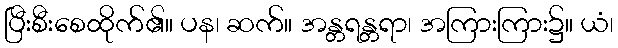
ပြီးစီးစေထိုက်၏။ ပန၊ ဆက်။ အန္တရန္တရာ၊ အကြားကြား၌။ ယံ၊